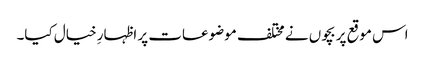
اس موقع پر بچوں نے مختلف موضوعات پر اظہارِ خیال کیا۔